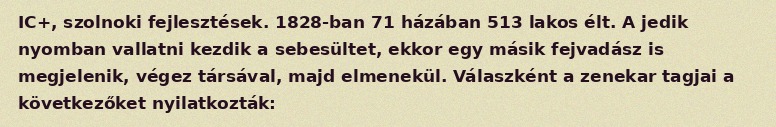
IC+, szolnoki fejlesztések. 1828-ban 71 házában 513 lakos élt. A jedik nyomban vallatni kezdik a sebesültet, ekkor egy másik fejvadász is megjelenik, végez társával, majd elmenekül. Válaszként a zenekar tagjai a következőket nyilatkozták: